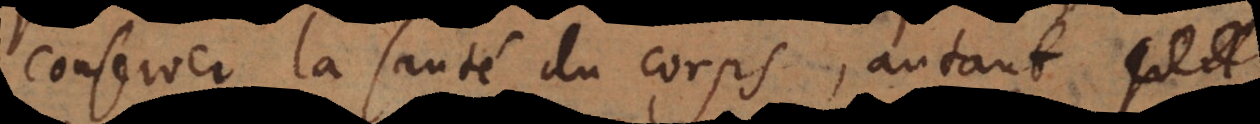
conserver la santé du corps, autant qu